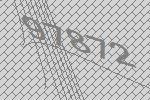
97872